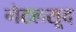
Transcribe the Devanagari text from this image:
गेटलसूद